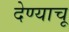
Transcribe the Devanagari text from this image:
देण्याचू